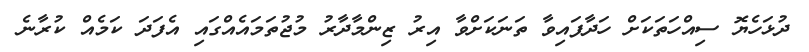
ދުޅަހެޔޮ ސިއްހަތަކަށް ހަދާފައިވާ ތަނަކަށްވާ އިރު ޒިންމާދާރު މުޖުތަމައެއްގައި އެފަދަ ކަމެއް ކުރާނެ